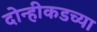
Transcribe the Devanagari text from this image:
दोन्हीकडच्या